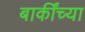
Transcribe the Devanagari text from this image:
बाकींच्या